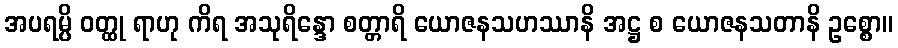
အပရမ္ပိ ဝတ္ထု ရာဟု ကိရ အသုရိန္ဒော စတ္တာရိ ယောဇနသဟဿာနိ အဋ္ဌ စ ယောဇနသတာနိ ဥစ္စော။